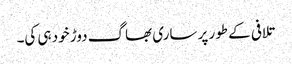
تلافی کے طور پر ساری بھاگ دوڑ خود ہی کی۔